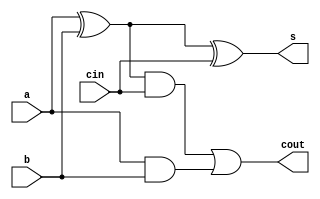
module fulladder(
	input cin, a, b,
	output s, cout);
	
	wire n1,n2,n3;

	xor x1(n1,a,b); // n1 = a XOR B

	xor x2(s,n1,cin); // s = n1 XOR cin

	and a1(n2,n1,cin); //n2 = n1 AND cin

	and a2(n3,a,b); // n3 = a AND b

	or o1(cout,n2,n3); // cout = n2 OR n3

endmodule